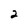
Character: 2